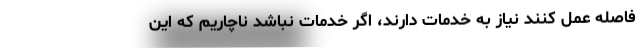
فاصله عمل کنند نیاز به خدمات دارند، اگر خدمات نباشد ناچاریم که این